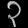
Digit: ၃